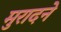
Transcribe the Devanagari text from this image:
मुरादने